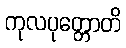
ကုလပုတ္တောတိ